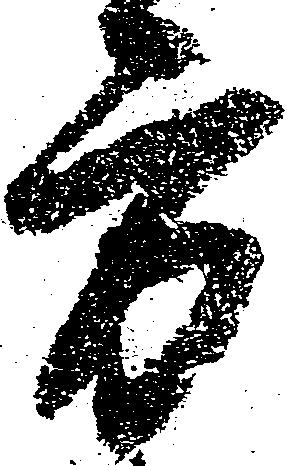
方